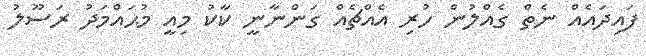
ފައިދައެއް ނެތް ގެއްލުން ހުރި އެއްޗެއް ގަންނާނީ ކާކު މިއީ މުޙައްމަދު ރަސޫލު